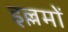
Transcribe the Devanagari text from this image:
इल्लमों